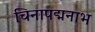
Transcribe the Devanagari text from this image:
चिनापद्मनाभ